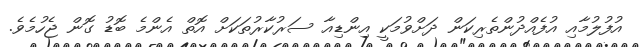
އުފުލުމާއި އުފެއްދުންތެރިކަން ދަށްވުމަކީ އިންޑިއާ ސަރުކާރުތަކަށް އޮތް އެންމެ ބޮޑު ގޮން ޖެހުމެވެ.